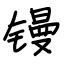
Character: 镘